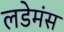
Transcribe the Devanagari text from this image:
लडेमंस